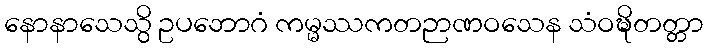
နောနာသေသွိ ဥပဘောဂံ ကမ္မဿကတဉာဏဝသေန သံဝဍ္ဎိတတ္တာ